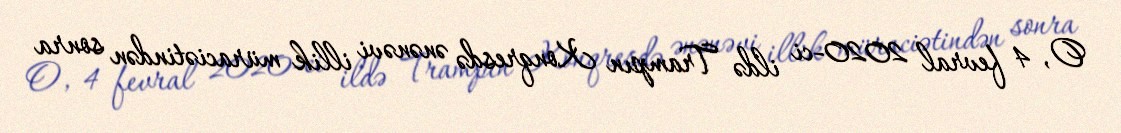
O, 4 fevral 2020-ci ildə Trampın Konqresdə ənənəvi illik müraciətindən sonra